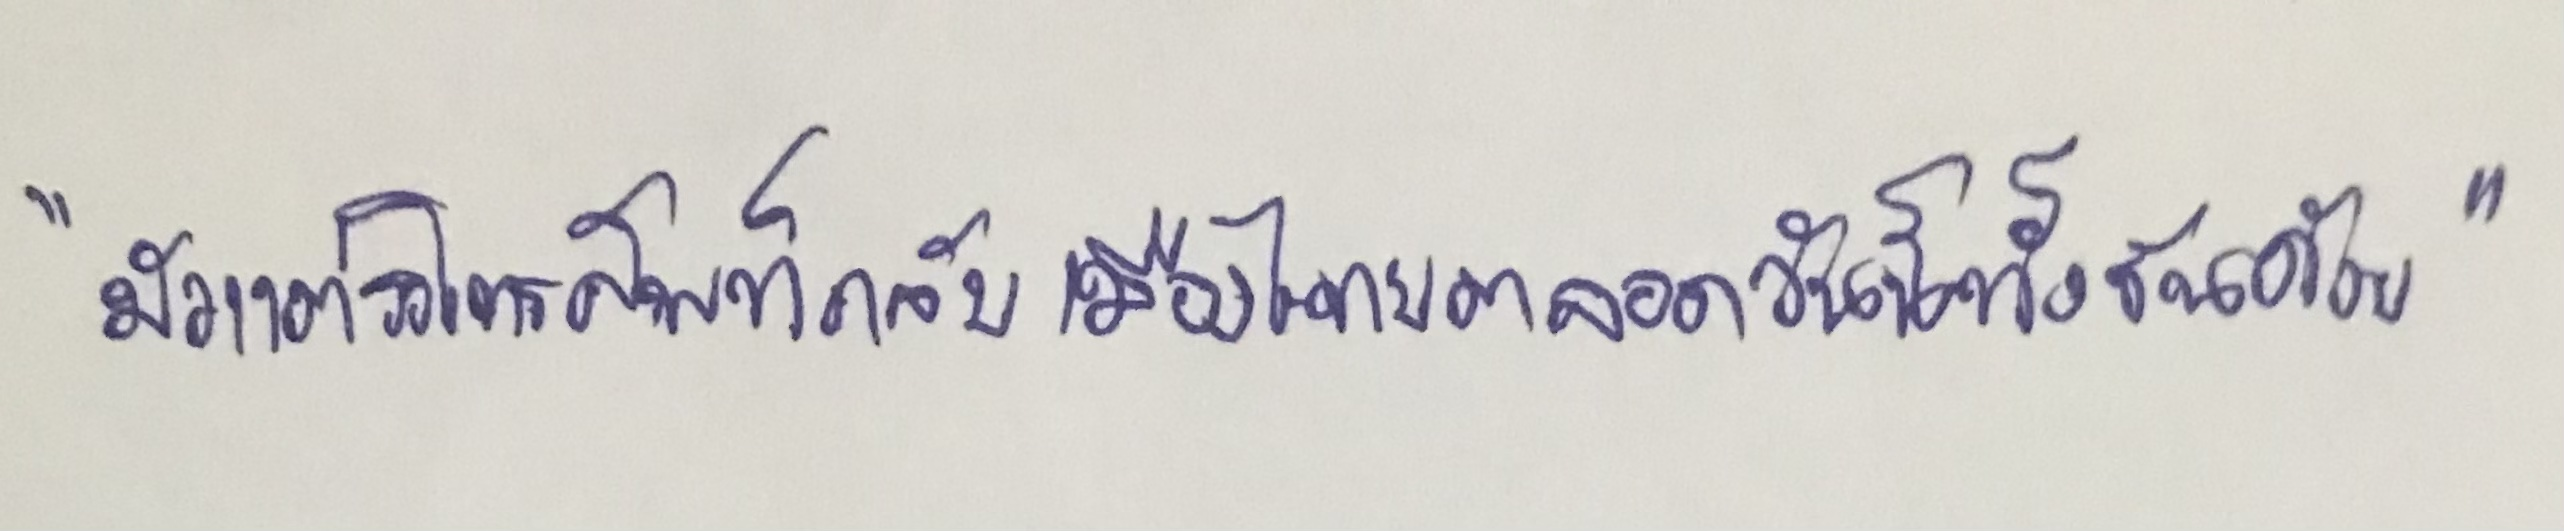
"มัวแต่รอโทรศัพท์กลับเมืองไทยตลอดวันนี้ทั้งวันด้วย"